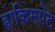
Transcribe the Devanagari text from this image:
हाकिमपेट